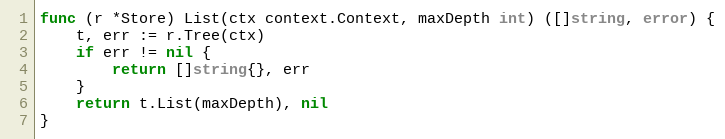
Language: Go
func (r *Store) List(ctx context.Context, maxDepth int) ([]string, error) {
	t, err := r.Tree(ctx)
	if err != nil {
		return []string{}, err
	}
	return t.List(maxDepth), nil
}